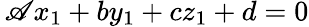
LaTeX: \, \mathscr{A}x_{1}+by_{1}+cz_{1}+d=0